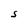
Character: S